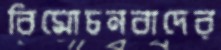
বিমোচনবাদের